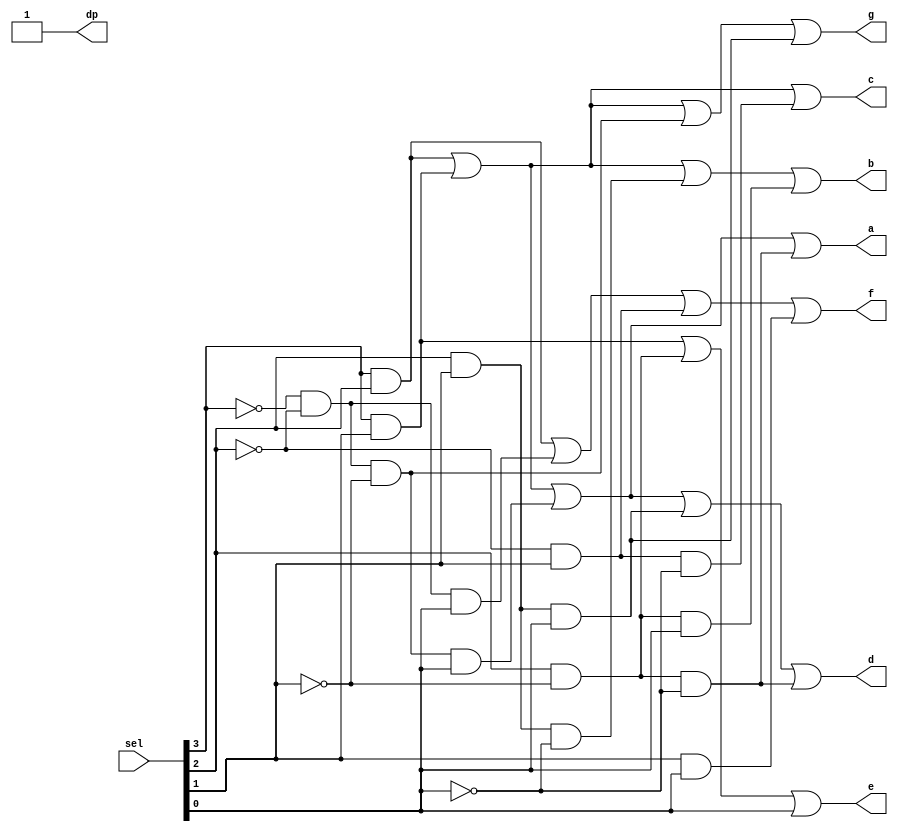
module decodificador_num(
  sel,
  a, b, c, d, e, f, g, dp
);
  input [3:0] sel;
  output a, b, c, d, e, f, g, dp;

  wire w0, w1, w2, w3, w4, w5, w6, w7;
  wire w8, w9, w10, w11, w12, w13, w14, w15;
  wire w16, w17, w18, w19, w20, w21, w22, w23, w24, w25;

  // A = sel[3]
  // B = sel[2]
  // C = sel[1]
  // D = sel[0]

  // A = (a AND b) OR (a AND c) OR ( NOT a AND NOT b AND NOT c AND d) OR (b AND NOT c AND NOT d)
  and and0(w0, sel[3], sel[2]);
  and and1(w1, sel[3], sel[1]);
  and and2(w2, ~sel[3], ~sel[2], ~sel[1], sel[0]);
  and and3(w3, sel[2], ~sel[1], ~sel[0]);
  or or0(a, w0, w1, w2, w3);

  // B = (a AND b) OR (a AND c) OR (b AND c AND NOT d) OR (b AND NOT c AND d)
  and and4(w4, sel[3], sel[2]);
  and and5(w5, sel[3], sel[1]);
  and and6(w6, sel[2], sel[1], ~sel[0]);
  and and7(w7, sel[2], ~sel[1], sel[0]);
  or or1(b, w4, w5, w6, w7);

  // C = (a AND b) OR (a AND c) OR ( NOT b AND c AND NOT d)
  and and8(w8, sel[3], sel[2]);
  and and9(w9, sel[3], sel[1]);
  and and10(w10, ~sel[2], sel[1], ~sel[0]);
  or or2(c, w8, w9, w10);

  // D = (a AND b) OR (a AND c) OR ( NOT a AND NOT b AND NOT c AND d) OR (b AND c AND d) OR (b AND NOT c AND NOT d)
  and and11(w11, sel[3], sel[2]);
  and and12(w12, sel[3], sel[1]);
  and and13(w13, ~sel[3], ~sel[2], ~sel[1], sel[0]);
  and and14(w14, sel[2], sel[1], sel[0]);
  and and15(w15, sel[2], ~sel[1], ~sel[0]);
  or or3(d, w11, w12, w13, w14, w15);

  // (a AND c) OR (b AND NOT c) OR d
  and and16(w16, sel[3], sel[1]);
  and and17(w17, sel[2], ~sel[1]);
  or or4(e, w16, w17, sel[0]);

  // (a AND b) OR ( NOT a AND NOT b AND d) OR ( NOT b AND c) OR (c AND d)
  and and18(w18, sel[3], sel[2]);
  and and19(w19, ~sel[3], ~sel[2], sel[0]);
  and and20(w20, ~sel[2], sel[1]);
  and and21(w21, sel[1], sel[0]);
  or or5(f, w18, w19, w20, w21);

  // (a AND b) OR (a AND c) OR ( NOT a AND NOT b AND NOT c) OR (b AND c AND d)
  and and22(w22, sel[3], sel[2]);
  and and23(w23, sel[3], sel[1]);
  and and24(w24, ~sel[3], ~sel[2], ~sel[1]);
  and and25(w25, sel[2], sel[1], sel[0]);
  or or6(g, w22, w23, w24, w25);

  // DP = 1
  assign dp = 1'b1;
endmodule

module TB_Decodificador_num();
  reg [3:0] sel;

  wire a, b, c, d, e, f, g, dp;

  decodificador_num decodificador_num(sel, a, b, c, d, e, f, g, dp);

  initial begin
    sel = 4'b0000; #10; // 0	0	0	0	0	0	1	1 - 0
    sel = 4'b0001; #10; // 1	0	0	1	1	1	1	1 - 1
    sel = 4'b0010; #10; // 0	0	1	0	0	1	0	1 - 2
    sel = 4'b0011; #10; // 0	0	0	0	1	1	0	1 - 3
    sel = 4'b0100; #10; // 1	0	0	1	1	0	0	1 - 4
    sel = 4'b0101; #10; // 0	1	0	0	1	0	0	1 - 5
    sel = 4'b0110; #10; // 0	1	0	0	0	0	0	1 - 6
    sel = 4'b0111; #10; // 0	0	0	1	1	1	1	1 - 7
    sel = 4'b1000; #10; // 0	0	0	0	0	0	0	1 - 8
    sel = 4'b1001; #10; // 0	0	0	0	1	0	0	1 - 9
    sel = 4'b1010; #10; // 1	1 1 1	1	1	1	1 - #
    sel = 4'b1011; #10; // 1	1 1 1	1	1	1	1 - #
    sel = 4'b1100; #10; // 1	1 1 1	1	1	1	1 - #
    sel = 4'b1101; #10; // 1	1 1 1	1	1	1	1 - #
    sel = 4'b1110; #10; // 1	1 1 1	1	1	1	1 - #
    sel = 4'b1111; #10; // 1	1 1 1	1	1	1	1 - #

    
  end
endmodule